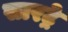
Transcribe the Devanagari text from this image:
सारट्रे